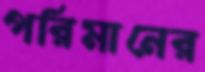
পরিমানের